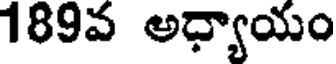
189వ అధ్యాయం